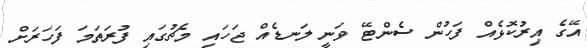
އޭގެ އިރުކޮޅެއް ފަހުން ސެންޓޭ ވަނީ ލަނޑެއް ޖަހައި މެޗުގައި ފުރަތަމަ ފަހަރަށް